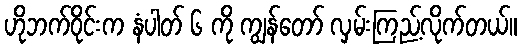
ဟိုဘက်ဝိုင်းက နံပါတ် ၆ ကို ကျွန်တော် လှမ်းကြည့်လိုက်တယ်။